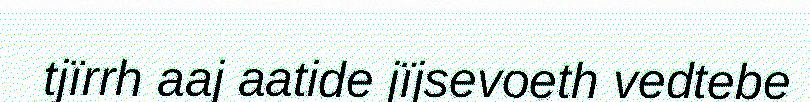
tjïrrh aaj aatide jïjsevoeth vedtebe